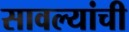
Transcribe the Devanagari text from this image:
सावल्यांची